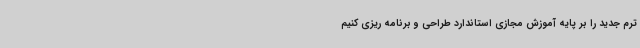
ترم جدید را بر پایه آموزش مجازی استاندارد طراحی و برنامه ریزی کنیم